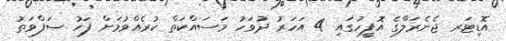
އޮޑިޓަރ ޖެނެރަލްގެ އޮފީހުގައި 4 އަހަރު ދުވަހު މަސައްކަތް ކުރެއްވުމަށް ފަހު ޞަފްވަތު